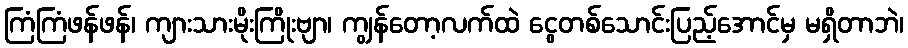
ကြံကြံဖန်ဖန်၊ ကျားသားမိုးကြိုးဗျာ၊ ကျွန်တော့လက်ထဲ ငွေတစ်သောင်းပြည့်အောင်မှ မရှိတာဘဲ၊